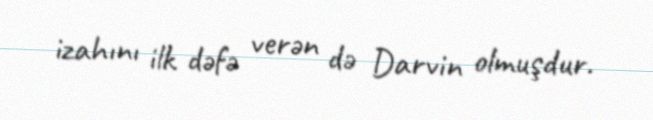
izahını ilk dəfə verən də Darvin olmuşdur.